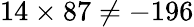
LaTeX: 14\times 87\neq-196